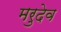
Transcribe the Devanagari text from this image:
मरुदेव